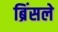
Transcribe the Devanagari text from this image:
ब्रिंसले